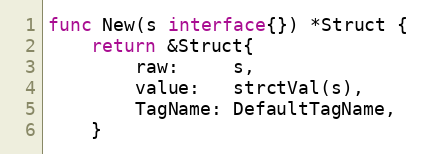
Language: Go
func New(s interface{}) *Struct {
	return &Struct{
		raw:     s,
		value:   strctVal(s),
		TagName: DefaultTagName,
	}